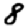
Digit: 8